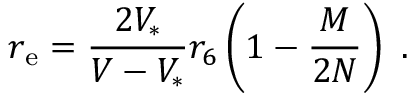
r _ { \mathrm { e } } = { \frac { 2 V _ { * } } { { V } - V _ { * } } } r _ { 6 } \left( 1 - { \frac { M } { 2 N } } \right) \ .